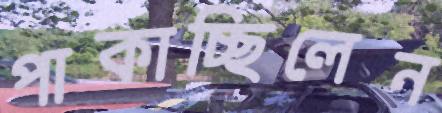
পাকাচ্ছিলেন